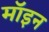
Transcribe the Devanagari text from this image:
मॉइन